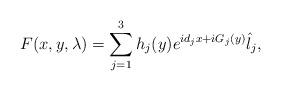
LaTeX: \begin{align*}F(x,y, \lambda)= \sum_{j=1}^3 h_j(y)e^{id_j x +iG_j(y)} \hat{l}_j,\end{align*}